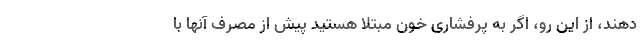
دهند، از این رو، اگر به پرفشاری خون مبتلا هستید پیش از مصرف آنها با